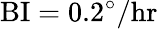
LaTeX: \mathrm{BI}=0.2^{\circ}/\mathrm{hr}